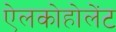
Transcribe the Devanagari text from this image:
ऐलकोहोलेंट